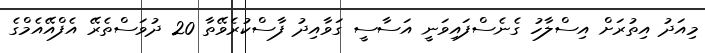
މިއަދު އިތުރަށް އިސްލާހު ގެނެސްފައިވަނީ އަސާސީ ގަވާއިދު ފާސްކުރެވޭތާ 20 ދުވަސްތެރޭ އެފްއޭއެމްގެ